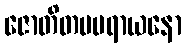
ဇောတိတမပရာယနော